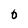
Character: O